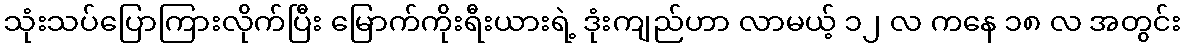
သုံးသပ်ပြောကြားလိုက်ပြီး မြောက်ကိုးရီးယားရဲ့ ဒုံးကျည်ဟာ လာမယ့် ၁၂ လ ကနေ ၁၈ လ အတွင်း